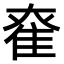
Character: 𨾮